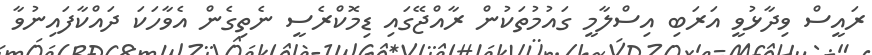
ރައީސް ވިދާޅުވީ އަރަބި އިސްލާމީ ގައުމުތަކުން ރާއްޖޭގައި ޑިމޮކްރެސީ ނެތިގެން އެވާހަކަ ދައްކާފައިނުވާ